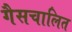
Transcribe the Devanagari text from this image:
गैसचालित